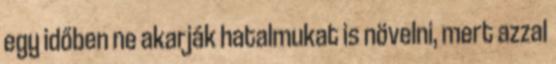
egy időben ne akarják hatalmukat is növelni, mert azzal